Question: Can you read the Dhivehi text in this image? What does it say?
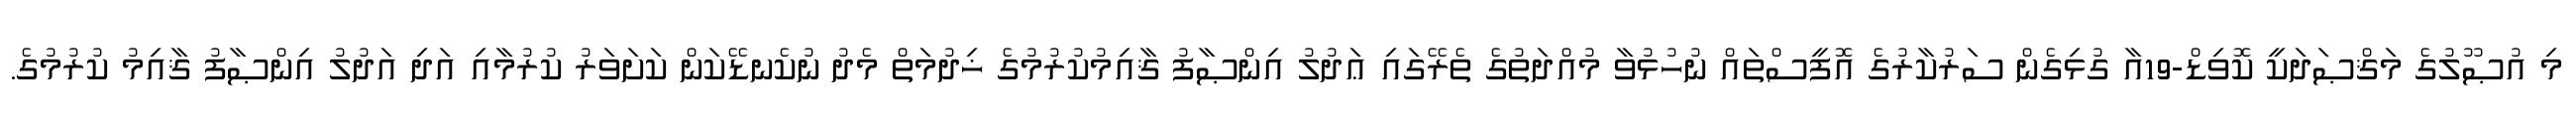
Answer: މި އުޞޫލުގެ މަޤްޞަދަކީ ކޮވިޑް-19އާ ގުޅިގެން ސަރުކާރުގެ އޮފީސްތައް ނުހުޅުވާ މުއްދަތުގެ ތެރޭގައި ޢަދުލު އިންޞާފު ޤާއިމުކުރުމުގެ ޚިދުމަތް މެދު ނުކެނޑޭކަން ކަށަވަރު ކުރުމާއި އަދި އަދުލު އިންޞާފު ޤާއިމު ކުރުމުގެ.